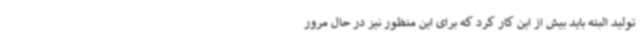
تولید البته باید بیش از این کار کرد که برای این منظور نیز در حال مرور